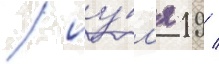
/ иу́л'я 19 /